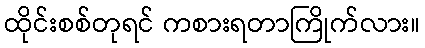
ထိုင်းစစ်တုရင် ကစားရတာကြိုက်လား။